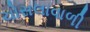
ચોસલાવાળી